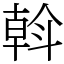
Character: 斡